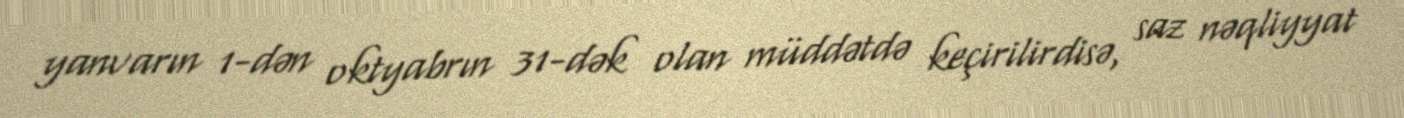
yanvarın 1-dən oktyabrın 31-dək olan müddətdə keçirilirdisə, saz nəqliyyat